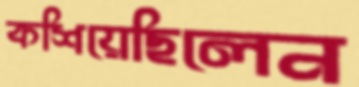
কশিয়েছিলেন